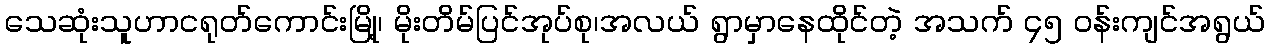
သေဆုံးသူဟာငရုတ်ကောင်းမြို့၊ မိုးတိမ်ပြင်အုပ်စု၊အလယ် ရွာမှာနေထိုင်တဲ့ အသက် ၄၅ ဝန်းကျင်အရွယ်